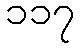
၁၁၇